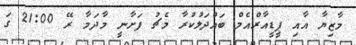
މާޒިޔާ އާއި ޕީޑީއާރްއެމް ބައްދަލުކުރާ މެޗު ފަށާނީ މާދަމާ ރޭ 21:00 ގަ